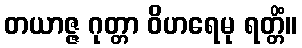
တယာဇ္ဇ ဂုတ္တာ ဝိဟရေမု ရတ္တိံ။